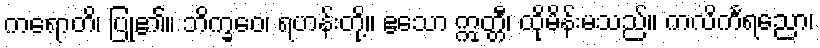
ကရောတိ၊ ပြု၏။ ဘိက္ခဝေ၊ ရဟန်းတို့။ ဧသော ဣတ္တီ၊ ထိုမိန်းမသည်။ ကလိင်္ကရညော၊